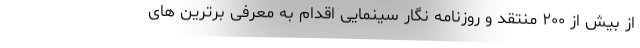
از بیش از ۲۰۰ منتقد و روزنامه نگار سینمایی اقدام به معرفی برترین های